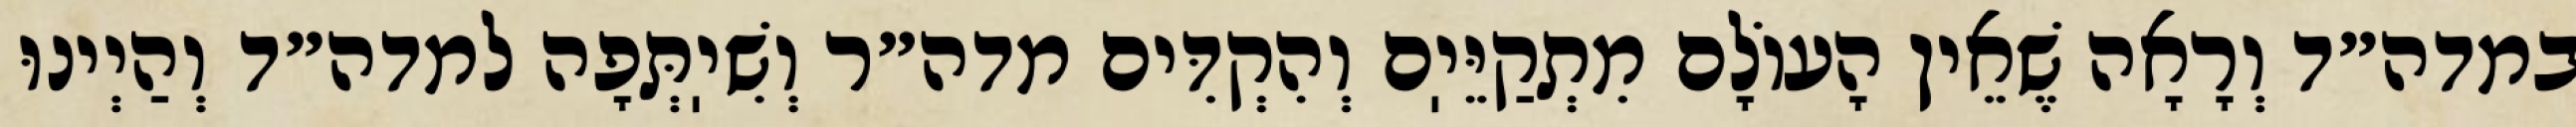
במדה״ד וְרָאָה שֶׁאֵין הָעוֹלָם מִתְקַיֵּיֽם וְהִקְדִּים מדה״ר וְשִׁיֽתְּפָה למדה״ד וְהַיְינוּ